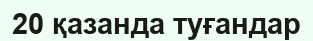
20 қазанда туғандар